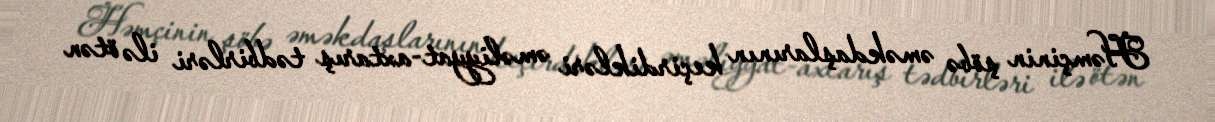
Həmçinin şöbə əməkdaşlarının keçirdikləri əməliyyat-axtarış tədbirləri ilə ötən